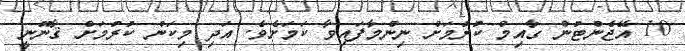
10 އޭޖެންޓުން ގާއިމް ކުރުމަށް ނިންމާފައިވާ ކަމަށެވެ. އަދި މިކަން ކުރުމަށް ޤާނޫނީ